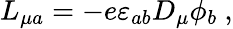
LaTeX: L_{\mu a}=-e\varepsilon_{ab}D_{\mu}\phi_{b}\ ,